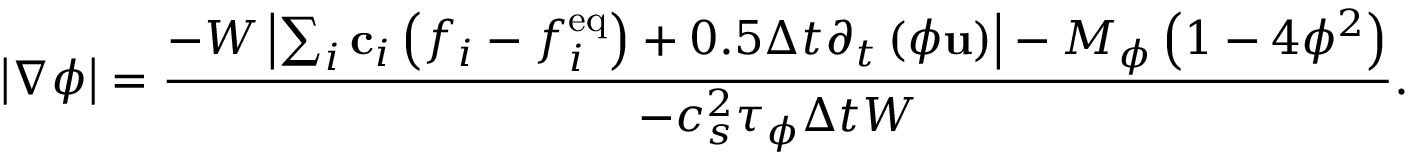
\left| { \nabla \phi } \right| = \frac { { - W \left| { \sum _ { i } { { { \bf { c } } _ { i } } \left( { { f _ { i } } - f _ { i } ^ { \mathrm { { e q } } } } \right) } + 0 . 5 \Delta t { \partial _ { t } } \left( { \phi { \bf { u } } } \right) } \right| - { M _ { \phi } } \left( { 1 - 4 { \phi ^ { 2 } } } \right) } } { { - c _ { s } ^ { 2 } { \tau _ { \phi } } \Delta t W } } .